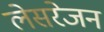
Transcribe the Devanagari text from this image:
लेसरेजन